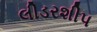
લીડરશીપ